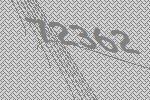
72362